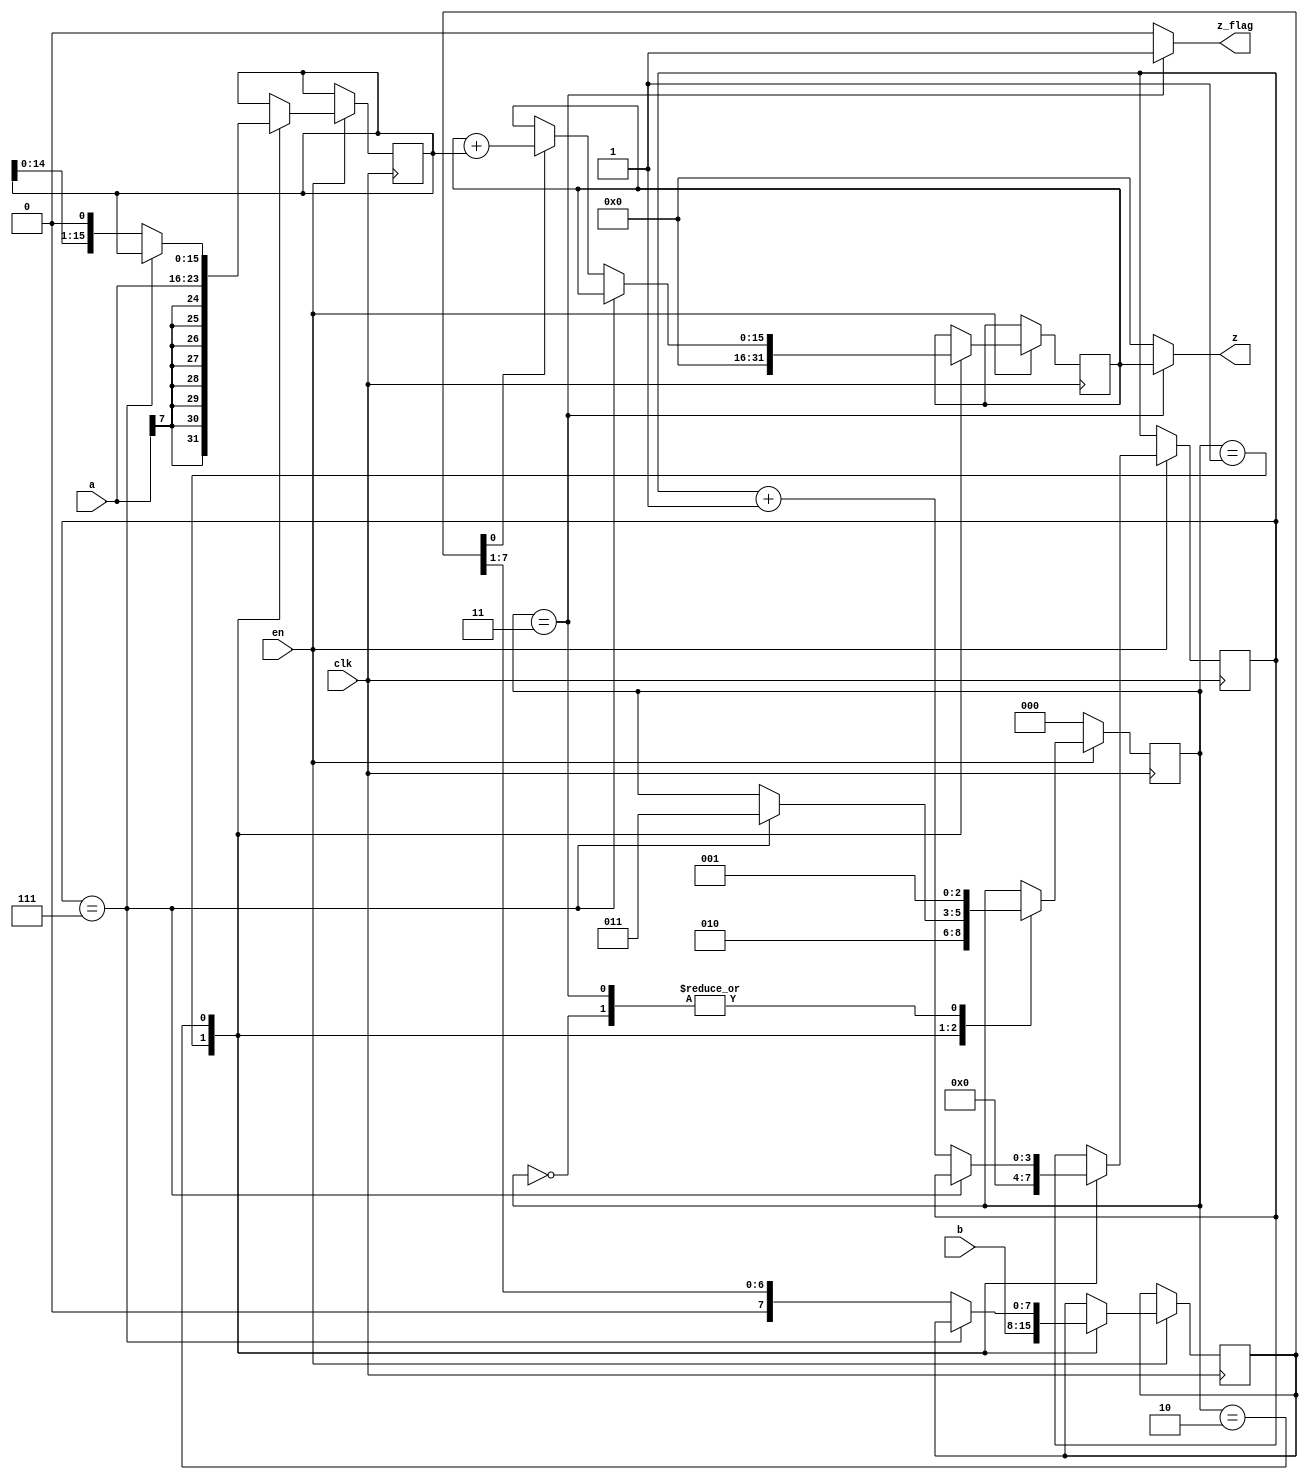
//*********************************************************\
//****************8*****
//*********************************************************/
module sequence_mul(
	clk						,
	en 						,
	a 						,
	b 						,
	z						,
	z_flag					
	);

	input							clk;
	input							en;							
	input		[ 7:0]				a;							//
	input		[ 7:0]				b;							//
	output		[15:0]				z;
	output							z_flag;						//

	localparam      IDLE              =   0;
	localparam      S1                =   1;
	localparam      S2                =   2;
	localparam      S3                =   3;
	reg			[ 7:0]				b_shr;						//
	reg 		[15:0]				a_shl;						//
	reg 		[15:0]				z_out;						
	reg         [ 2:0]              state;
	reg  		[ 3:0]				cnt;						//8
	
	always @(posedge clk) begin
		if (!en)
			state                     <=  IDLE;
		else begin
			case(state)
				IDLE:
					state             <=  S1;
				S1: begin
						state         <=  S2;
						a_shl         <=  {{8{a[7]}}, a};       //8a
						z_out         <=  0;
						cnt           <=  0;
						b_shr         <=  b;
					end
				S2: begin
						if (cnt==7)
							state     <=  S3;
						else begin
							if (b_shr[0])
								z_out <=  z_out + a_shl;        //b_shr1
							b_shr     <=  b_shr>>1;
							a_shl     <=  a_shl<<1;
							cnt       <=  cnt +   1'b1;
						end
					end
				S3:
					state             <=  S1;
			endcase
		end
	end
	
	assign z                          = (state==S3)? z_out : 0;
	assign z_flag                     = (state==S3) ? 1'b1 : 1'b0;
endmodule